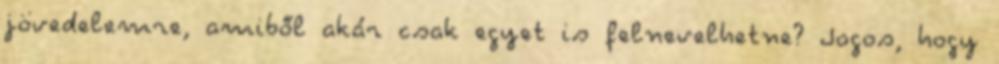
jövedelemre, amiből akár csak egyet is felnevelhetne? Jogos, hogy